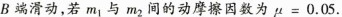
B端滑动，若m_{1}与m_{2}间的动摩擦因数为$$μ = 0 . 0 5$$.